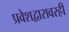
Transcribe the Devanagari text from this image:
प्रवेशद्वारावरही